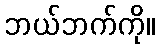
ဘယ်ဘက်ကို။